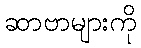
ဆာဗာများကို